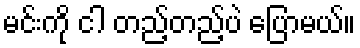
မင်းကို ငါ တည့်တည့်ပဲ ပြောမယ်။